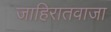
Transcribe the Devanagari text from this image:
जाहिरातवाजा